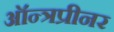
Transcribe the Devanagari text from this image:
ऑन्त्रप्रीनर